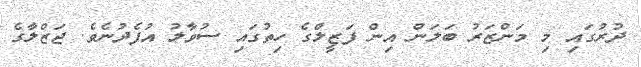
ދުރުގައި މި މަންޒަރު ބަލަން އިން ފަޒީލްގެ ހިތުގައި ސުވާލު އުފެދުނެވެ. ޖަޒްލާގެ